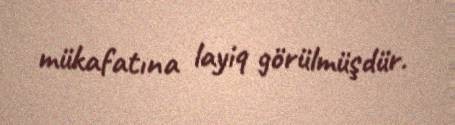
mükafatına layiq görülmüşdür.